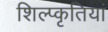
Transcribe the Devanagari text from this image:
शिल्प्कृतियां